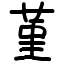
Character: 堇